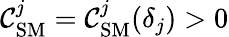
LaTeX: \mathcal{C}_{\mathrm{{SM}}}^{j}=\mathcal{C}_{\mathrm{{SM}}}^{j}(\delta_{j})>0